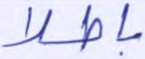
باطلا